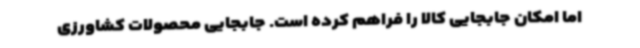
اما امکان جابجایی کالا را فراهم کرده است. جابجایی محصولات کشاورزی